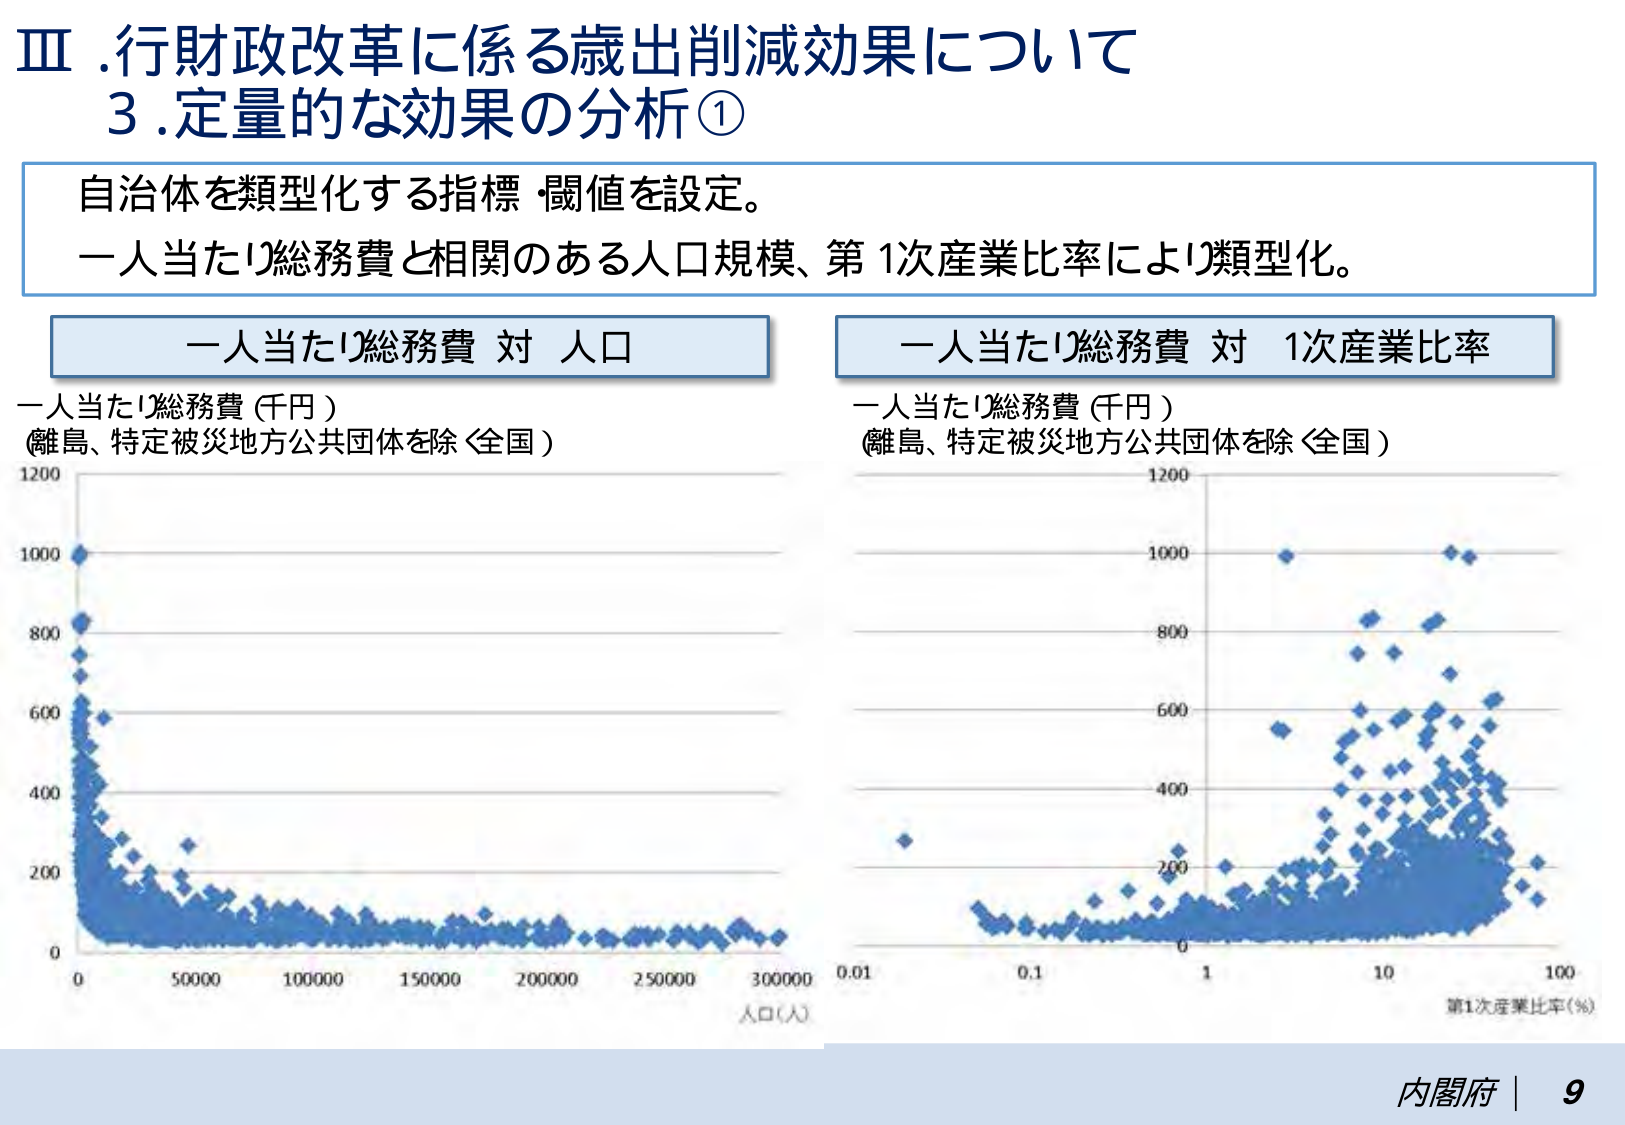
Ⅲ. 行財政改革に係る歳出削減効果について
3. 定量的な効果の分析①

自治体を類型化する指標・閾値を設定。
一人当たり総務費と相関のある人口規模、第1次産業比率により類型化。

一人当たり総務費 対 人口
一人当たり総務費（千円）
（離島、特定被災地方公共団体を除く全国）
1200
1000
800
600
400
200
0
0 50000 100000 150000 200000 250000 300000
人口（人）

一人当たり総務費 対 1次産業比率
一人当たり総務費（千円）
（離島、特定被災地方公共団体を除く全国）
1200
1000
800
600
400
200
0
0.01 0.1 1 10 100
第1次産業比率（％）

内閣府 | 9